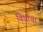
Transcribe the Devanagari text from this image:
विधीचा